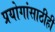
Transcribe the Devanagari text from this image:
प्रयोगांसाठीही